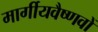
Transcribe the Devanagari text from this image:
मार्गीयवैष्णवों